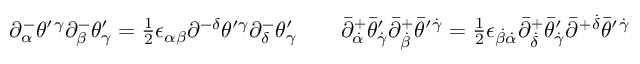
\begin{array} { l l } { { \partial _ { \alpha } ^ { - } \theta ^ { \prime } { } ^ { \gamma } \partial _ { \beta } ^ { - } \theta _ { \gamma } ^ { \prime } = \textstyle { \frac { 1 } { 2 } } \epsilon _ { \alpha \beta } \partial ^ { - \delta } \theta ^ { \prime \gamma } \partial _ { \delta } ^ { - } \theta _ { \gamma } ^ { \prime } ~ ~ } } & { { ~ \bar { \partial } _ { \dot { \alpha } } ^ { + } \bar { \theta } _ { \dot { \gamma } } ^ { \prime } \bar { \partial } _ { \dot { \beta } } ^ { + } \bar { \theta } ^ { \prime } { } ^ { \dot { \gamma } } = \textstyle { \frac { 1 } { 2 } } \epsilon _ { \dot { \beta } \dot { \alpha } } \bar { \partial } _ { \dot { \delta } } ^ { + } \bar { \theta } _ { \dot { \gamma } } ^ { \prime } \bar { \partial } ^ { + } { } ^ { \dot { \delta } } \bar { \theta } ^ { \prime } { } ^ { \dot { \gamma } } } } \end{array}